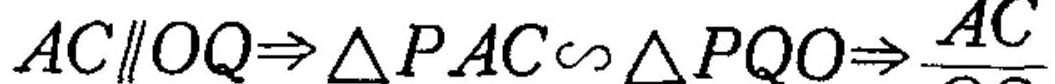
\(AC\parallel OQ\Rightarrow\triangle PAC\sim\triangle PQO\Rightarrow\frac{AC}{}\)